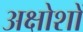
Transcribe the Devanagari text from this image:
अक्षोशों